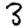
Digit: 3